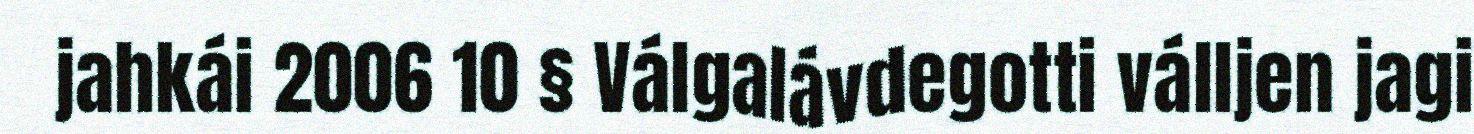
jahkái 2006 10 § Válgalávdegotti válljen jagi